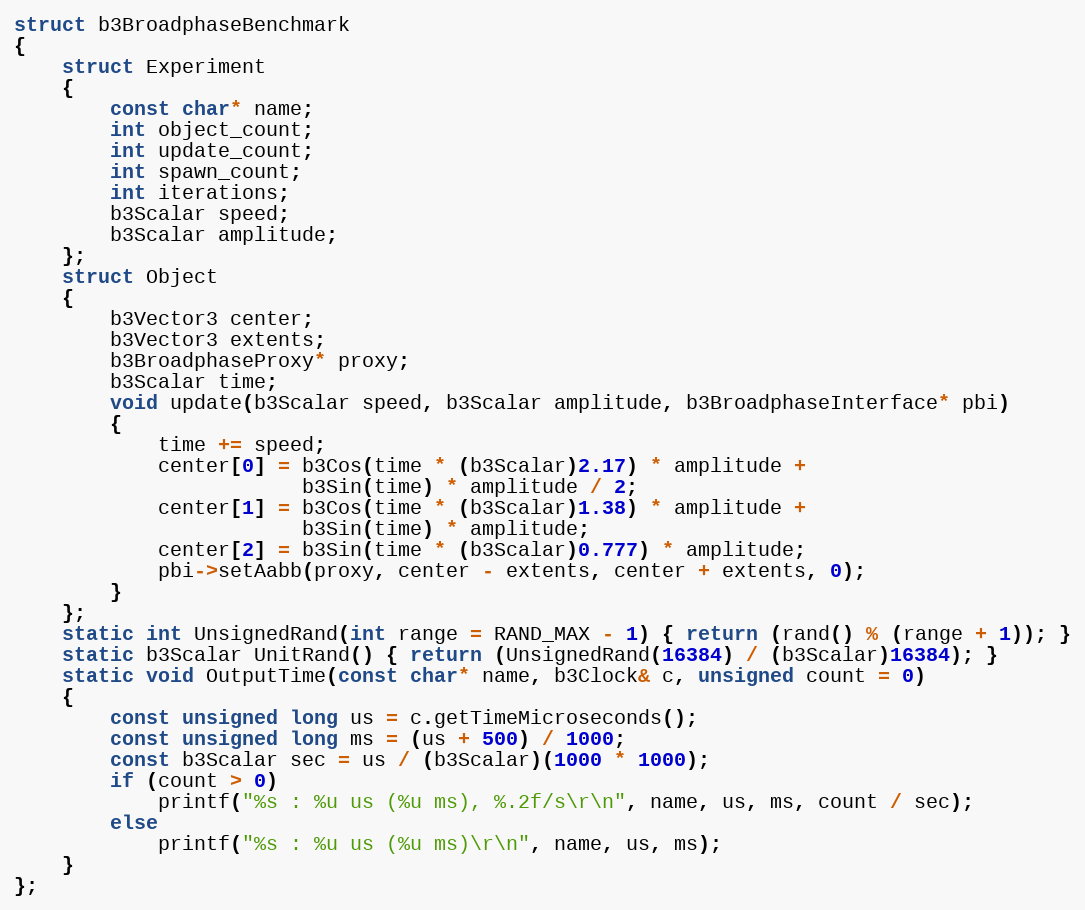
Language: C++
struct b3BroadphaseBenchmark
{
	struct Experiment
	{
		const char* name;
		int object_count;
		int update_count;
		int spawn_count;
		int iterations;
		b3Scalar speed;
		b3Scalar amplitude;
	};
	struct Object
	{
		b3Vector3 center;
		b3Vector3 extents;
		b3BroadphaseProxy* proxy;
		b3Scalar time;
		void update(b3Scalar speed, b3Scalar amplitude, b3BroadphaseInterface* pbi)
		{
			time += speed;
			center[0] = b3Cos(time * (b3Scalar)2.17) * amplitude +
						b3Sin(time) * amplitude / 2;
			center[1] = b3Cos(time * (b3Scalar)1.38) * amplitude +
						b3Sin(time) * amplitude;
			center[2] = b3Sin(time * (b3Scalar)0.777) * amplitude;
			pbi->setAabb(proxy, center - extents, center + extents, 0);
		}
	};
	static int UnsignedRand(int range = RAND_MAX - 1) { return (rand() % (range + 1)); }
	static b3Scalar UnitRand() { return (UnsignedRand(16384) / (b3Scalar)16384); }
	static void OutputTime(const char* name, b3Clock& c, unsigned count = 0)
	{
		const unsigned long us = c.getTimeMicroseconds();
		const unsigned long ms = (us + 500) / 1000;
		const b3Scalar sec = us / (b3Scalar)(1000 * 1000);
		if (count > 0)
			printf("%s : %u us (%u ms), %.2f/s\r\n", name, us, ms, count / sec);
		else
			printf("%s : %u us (%u ms)\r\n", name, us, ms);
	}
};